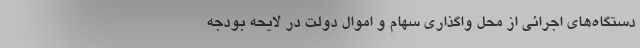
دستگاه‌های اجرائی از محل واگذاری سهام و اموال دولت در لایحه بودجه